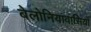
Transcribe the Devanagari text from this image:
बेलोनियावासियों